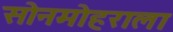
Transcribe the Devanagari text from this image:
सोनमोहराला